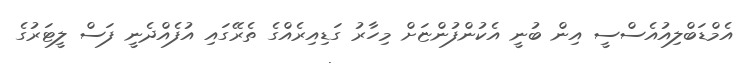
އެމްޑަބްލިއުއެސްސީ އިން ބުނީ އެކުންފުންޏަށް މިހާރު ގަޑިއިރެއްގެ ތެރޭގައި އުފެއްދެނީ ފަސް ލީޓަރުގެ